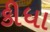
કીધા